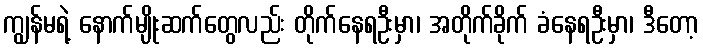
ကျွန်မရဲ့ နောက်မျိုးဆက်တွေလည်း တိုက်နေရဦးမှာ၊ အတိုက်ခိုက် ခံနေရဦးမှာ၊ ဒီတော့